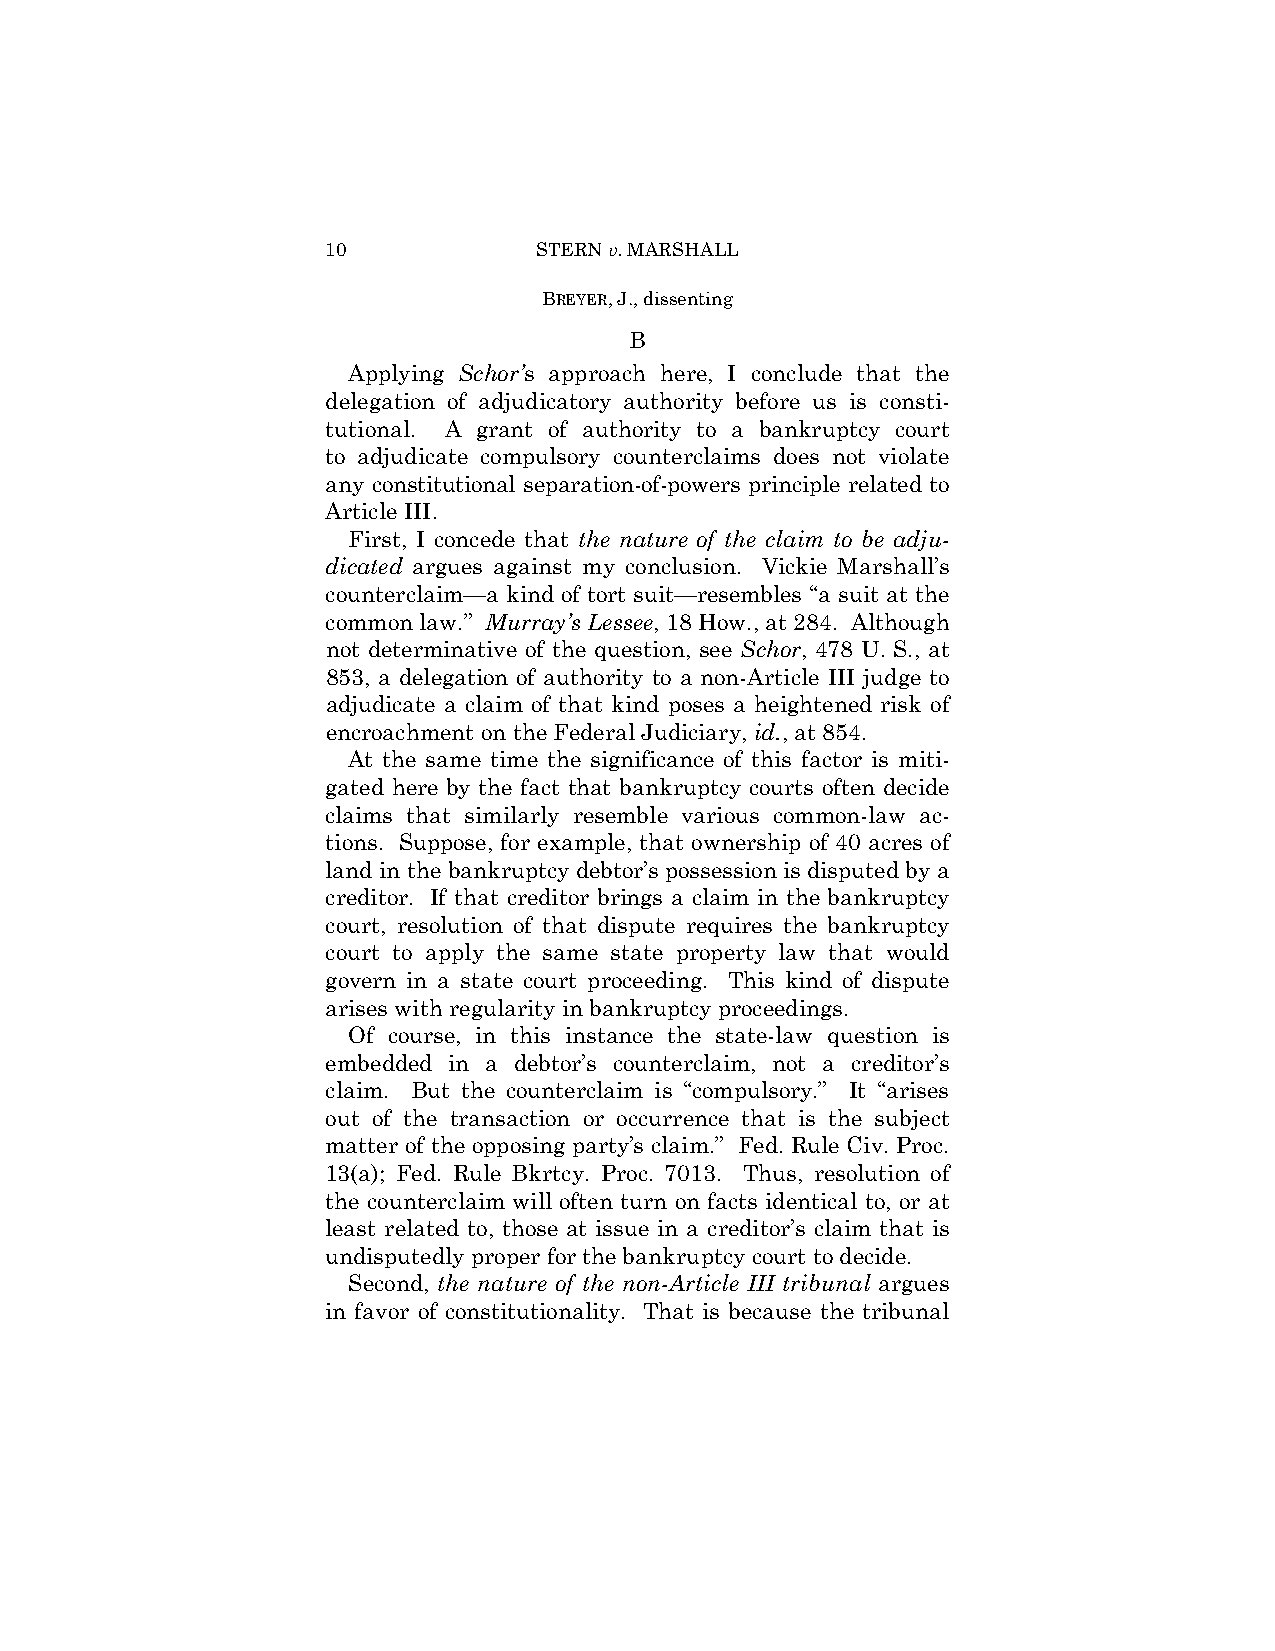
10            STERN v. MARSHALL
 BREYER, J., dissenting
 B
 Applying Schor’s approach here, I conclude that the
 delegation of adjudicatory authority before us is consti­
 tutional. A grant of authority to a bankruptcy court
 to adjudicate compulsory counterclaims does not violate
 any constitutional separation-of-powers principle related to
 Article III.
 First, I concede that the nature of the claim to be adju-
 dicated argues against my conclusion. Vickie Marshall’s
 counterclaim—a kind of tort suit—resembles “a suit at the
 common law.” Murray’s Lessee, 18 How., at 284. Although
 not determinative of the question, see Schor, 478 U. S., at
 853, a delegation of authority to a non-Article III judge to
 adjudicate a claim of that kind poses a heightened risk of
 encroachment on the Federal Judiciary, id., at 854.
 At the same time the significance of this factor is miti­
 gated here by the fact that bankruptcy courts often decide
 claims that similarly resemble various common-law ac­
 tions. Suppose, for example, that ownership of 40 acres of
 land in the bankruptcy debtor’s possession is disputed by a
 creditor. If that creditor brings a claim in the bankruptcy
 court, resolution of that dispute requires the bankruptcy
 court to apply the same state property law that would
 govern in a state court proceeding. This kind of dispute
 arises with regularity in bankruptcy proceedings.
 Of course, in this instance the state-law question is
 embedded in a debtor’s counterclaim, not a creditor’s
 claim. But the counterclaim is “compulsory.” It “arises
 out of the transaction or occurrence that is the subject
 matter of the opposing party’s claim.” Fed. Rule Civ. Proc.
 13(a); Fed. Rule Bkrtcy. Proc. 7013. Thus, resolution of
 the counterclaim will often turn on facts identical to, or at
 least related to, those at issue in a creditor’s claim that is
 undisputedly proper for the bankruptcy court to decide.
 Second, the nature of the non-Article III tribunal argues
 in favor of constitutionality. That is because the tribunal